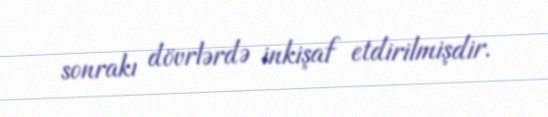
sonrakı dövrlərdə inkişaf etdirilmişdir.